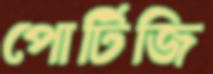
পোর্টিজি